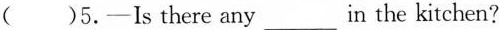
( )5.—Is there any___in the kitchen?